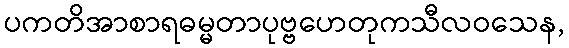
ပကတိအာစာရဓမ္မတာပုဗ္ဗဟေတုကသီလဝသေန,